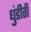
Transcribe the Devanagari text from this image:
धुंडीती